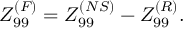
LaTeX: Z _ { 9 9 } ^ { ( F ) } = Z _ { 9 9 } ^ { ( N S ) } - Z _ { 9 9 } ^ { ( R ) } .